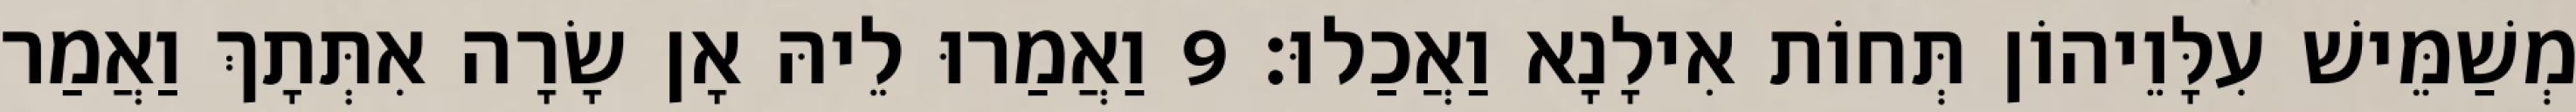
מְשַׁמֵּישׁ עִלָּוֵיהוֹן תְּחוֹת אִילָנָא וַאֲכַלוּ׃ 9 וַאֲמַרוּ לֵיהּ אָן שָׂרָה אִתְּתָךְ וַאֲמַר